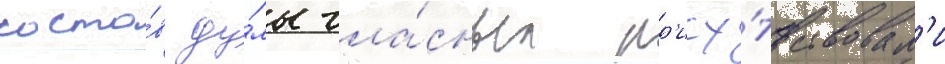
соста́в ду́мы гла́сных пр'ису́тствовал'и